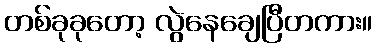
တစ်ခုခုတော့ လွဲနေချေပြီတကား။